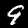
Label: 9